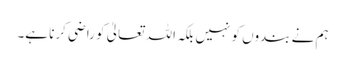
ہم نے بندوں کو نہیں بلکہ اللہ تعالیٰ کو راضی کرنا ہے۔